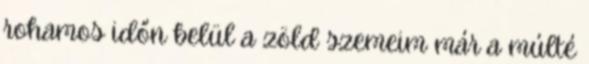
rohamos időn belül a zöld szemeim már a múlté